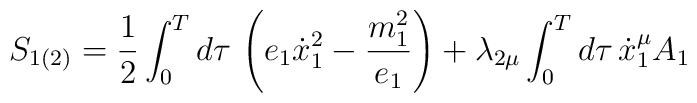
S_{1(2)}=\frac 12\int_0^Td\tau \,\left( e_1\dot{x}_1^2-\frac{m_1^2}{e_1}\right) +\lambda _{2\mu }\int_0^Td\tau \,\dot{x}_1^\mu A_1